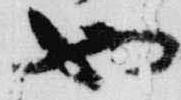
也